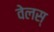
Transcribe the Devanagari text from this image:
वेलस्